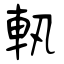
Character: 軐